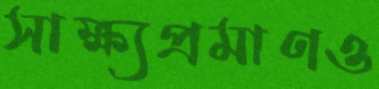
সাক্ষ্যপ্রমাণও